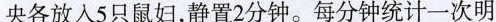
央各放入5只鼠妇，静置2分钟。每分钟统计一次明